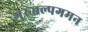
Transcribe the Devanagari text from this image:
गुरुतल्पगमन